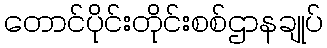
တောင်ပိုင်းတိုင်းစစ်ဌာနချုပ်